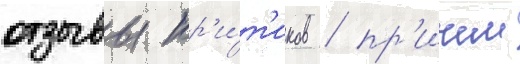
отзывы кр'и́т'иков / пр'ичем